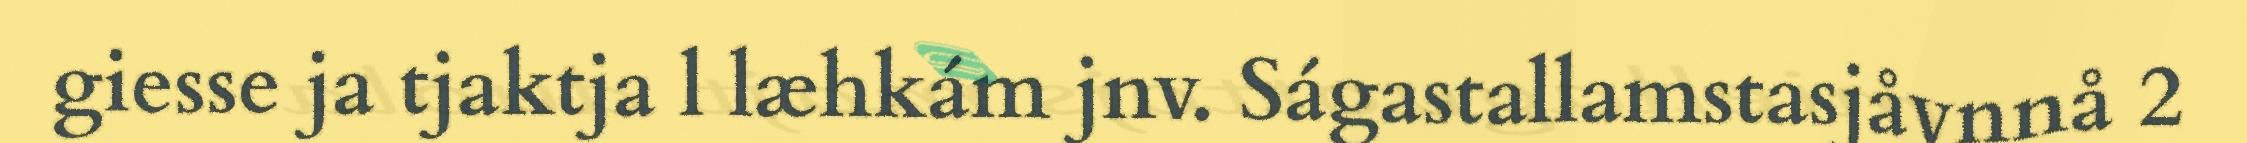
giesse ja tjaktja l læhkám jnv. Ságastallamstasjåvnnå 2